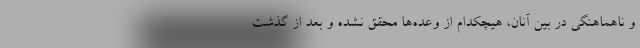
و ناهماهنگی در بین آنان، هیچکدام از وعده‌ها محقق نشده و بعد از گذشت